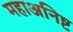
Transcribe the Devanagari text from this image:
महाअनिष्ट